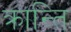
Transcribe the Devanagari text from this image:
क्रान्‍ति